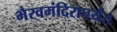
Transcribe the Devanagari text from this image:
भैरवमंदिरापर्यंत